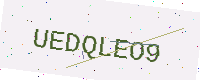
Text: UEDQLEO9